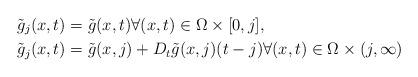
LaTeX: \begin{align*}&\tilde{g}_j(x,t) = \tilde{g}(x,t) \forall (x,t) \in \Omega \times [0,j],\\&\tilde{g}_j(x,t) = \tilde{g}(x,j) + D_t \tilde{g}(x,j)(t-j) \forall (x,t) \in \Omega \times (j,\infty)\end{align*}